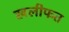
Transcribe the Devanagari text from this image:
खलीफत